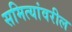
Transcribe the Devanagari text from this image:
समित्यांवरील